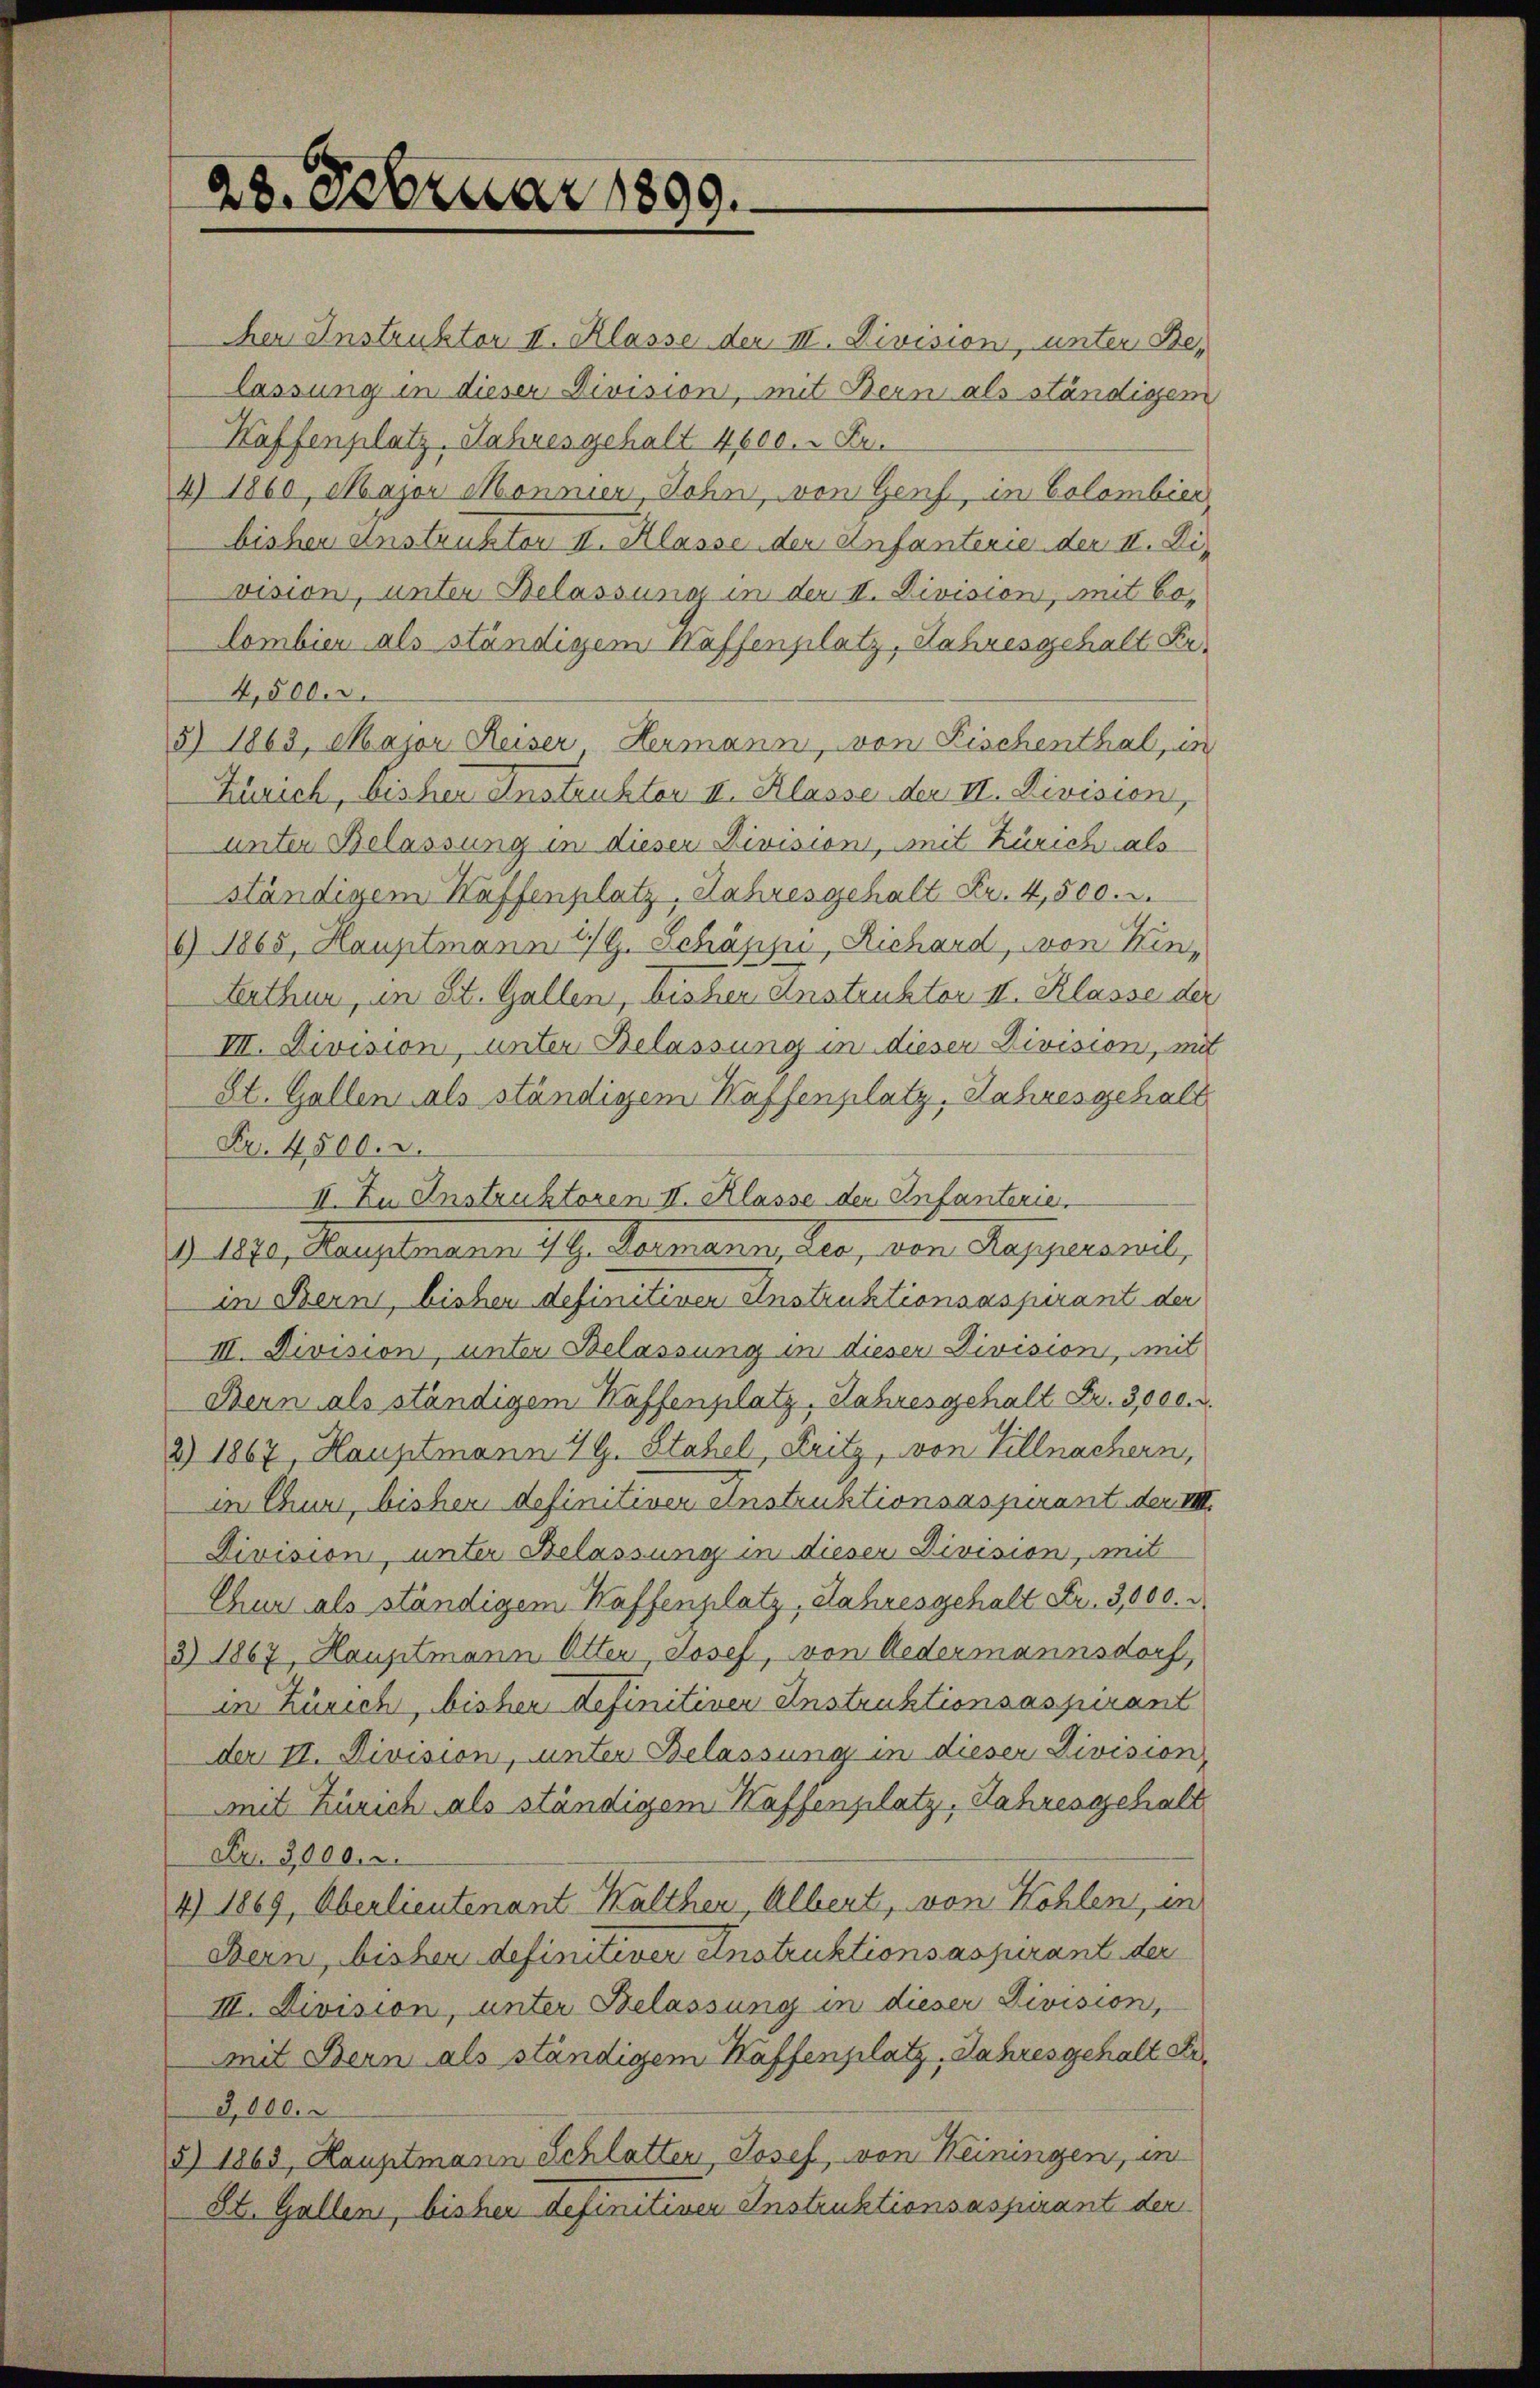
28. Februar 1899.

her Instruktor II. Klasse der III. Division, unter Belassung in dieser Division, mit Bern als ständigem
Haffenplatz, Jahres gehalt 4600. Fen
4) 1860, Major Mönnier, Sohn, von Genf, in Colombier
bisher Instruktor II. Klasse der Anfanterie der II. Die
vision, unter Belassung in der II. Division, mit Bo-
lombier als ständigem Waffenplatz, Jahresgehalt Fr.
4,500.
5) 1863, Major Reiser, Hermann, von Fischenthal, in
Zürich, bisher Instruktor II. Klasse der II. Division,
unter Belassung in dieser Division, mit Zürich als
ständigem Kaffenplatz, Jahresgehalt Fr. 4,500.
6 1865, Hauptmann 1/9. Schäppi, Richard, von Kinterthur, in St. Gallen, bisher Instruktor II. Klasse der
VII. Division, unter Belassung in dieser Division, mit
St. Gallen als ständigem Kaffenplatz. Jahresgehalt
Fr. 4500. r.
II. Zu Instruktoren II. Klasse der Infanterie
§ 1870, Hauptmann 7 G. Germann, Leo, von Rapperswil,
in Bern, bisher definitiven Instruktionsaspirant der
III. Division, unter Belassung in dieser Division, mit
Bern als ständigem Kaffenplatz. Jahresgehalt Fr. 3000. v.
2) 1867, Hauptmann 19. Stahel, Fritz, von Villnachern,
in Chur, bisher definitiver Instruktionsaspirant der III.
Division, unter Belassung in dieser Division, mit
Chur als ständigem Kaffenplatz, Jahresgehalt Fr. 3,000.
3) 1867, Hauptmann Otter, Josef, von Redermannsdorf,
in Zürich, bisher definitiver Instruktionsaspirant
der II. Division, unter Belassung in dieser Division
mit Zürich als ständigem Kaffenplatz, Jahresgehalt
Fr. 3000. r.
4) 1869, Oberlieutenant Walther, Albert, von Kohlen, in
Bern, bisher definitiver Instruktionsaspirant der
III. Division, unter Belassung in dieser Division,
mit Bern als ständigem Kaffenplatz, Jahres gehalt Dr.
3,000.
5) 1863, Hauptmann Schlatter, Josef, von Heiningen, in
St. Gallen, bisher definitiven Instruktionsaspirant der